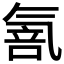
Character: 𱥫